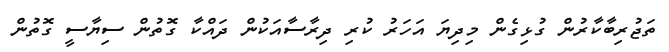
ތަޖުރިބާކާރުން ގުޅިގެން މިދިޔަ އަހަރު ކުރި ދިރާސާއަކުން ދައްކާ ގޮތުން ސިޔާސީ ގޮތުން